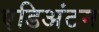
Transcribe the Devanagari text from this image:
एडिअंटम